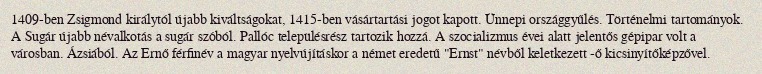
1409-ben Zsigmond királytól újabb kiváltságokat, 1415-ben vásártartási jogot kapott. Ünnepi országgyűlés. Történelmi tartományok. A Sugár újabb névalkotás a sugár szóból. Pallóc településrész tartozik hozzá. A szocializmus évei alatt jelentős gépipar volt a városban. Ázsiából. Az Ernő férfinév a magyar nyelvújításkor a német eredetű "Ernst" névből keletkezett -ő kicsinyítőképzővel.